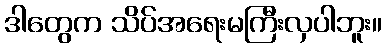
ဒါတွေက သိပ်အရေးမကြီးလှပါဘူး။